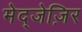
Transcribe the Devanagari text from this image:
मेद्जेज़िर